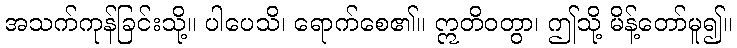
အသက်ကုန်ခြင်းသို့။ ပါပေသိ၊ ရောက်စေ၏။ ဣတိဝတွာ၊ ဤသို့ မိန့်တော်မူ၍။